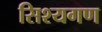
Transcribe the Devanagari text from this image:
सिश्यगण